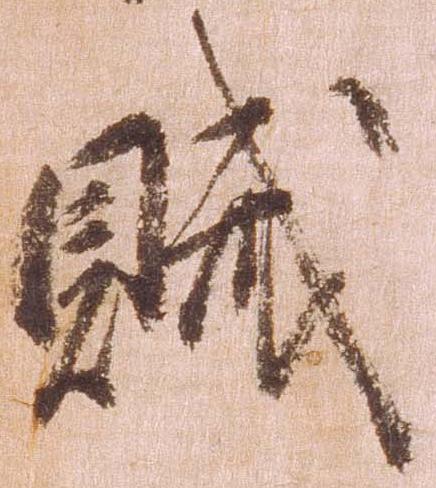
賊